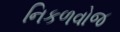
નિકળવોજ